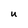
Character: U